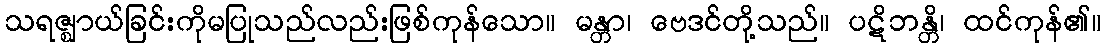
သရဇ္ဈာယ်ခြင်းကိုမပြုသည်လည်းဖြစ်ကုန်သော။ မန္တာ၊ ဗေဒင်တို့သည်။ ပဋိဘန္တိ၊ ထင်ကုန်၏။